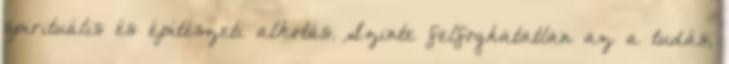
spirituális és építészeti alkotás. Szinte felfoghatatlan az a tudás,